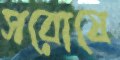
সরোষে